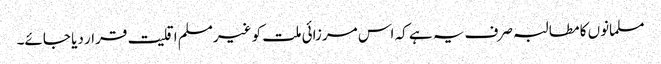
مسلمانوں کا مطالبہ صرف یہ ہے کہ اس مرزائی ملت کو غیرمسلم اقلیت قرار دیا جائے۔